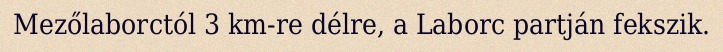
Mezőlaborctól 3 km-re délre, a Laborc partján fekszik.